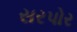
સરપોર